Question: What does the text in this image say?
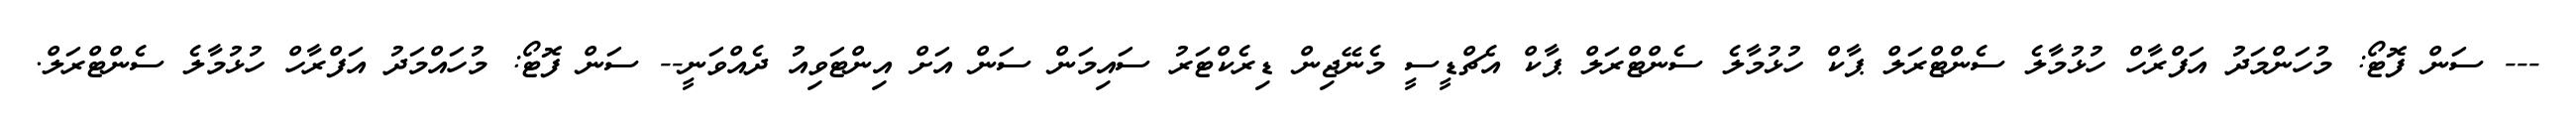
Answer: --- ސަން ފޮޓޯ: މުހަންމަދު އަފްރާހް ހުޅުމާލެ ސެންޓްރަލް ޕާކް ހުޅުމާލެ ސެންޓްރަލް ޕާކް އެޗްޑީސީ މެނޭޖިން ޑިރެކްޓަރު ސައިމަން ސަން އަށް އިންޓަވިއު ދެއްވަނީ-- ސަން ފޮޓޯ: މުހައްމަދު އަފްރާހް ހުޅުމާލެ ސެންޓްރަލް.